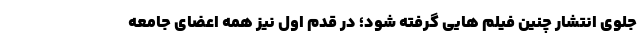
جلوی انتشار چنین فیلم هایی گرفته شود؛ در قدم اول نیز همه اعضای جامعه